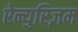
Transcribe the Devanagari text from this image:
ऐन्युरिज़म